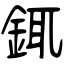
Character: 銸